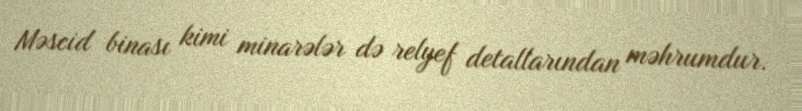
Məscid binası kimi minarələr də relyef detallarından məhrumdur.